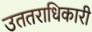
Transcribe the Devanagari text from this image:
उततराधिकारी